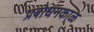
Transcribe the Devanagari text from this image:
प्रबोधनकाळ